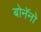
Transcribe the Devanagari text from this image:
बोनॅनो